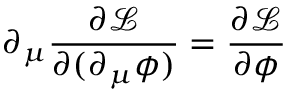
\partial _ { \mu } { \frac { \partial { \mathcal { L } } } { \partial ( \partial _ { \mu } \phi ) } } = { \frac { \partial { \mathcal { L } } } { \partial \phi } }